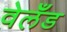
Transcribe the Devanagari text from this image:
वेलँड